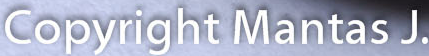
Copyright Mantas J.